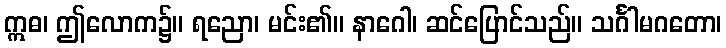
ဣဓ၊ ဤလောက၌။ ရညော၊ မင်း၏။ နာဂေါ၊ ဆင်ပြောင်သည်။ သင်္ဂါမဂတော၊